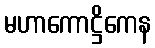
မဟာကောဋ္ဌိကေန